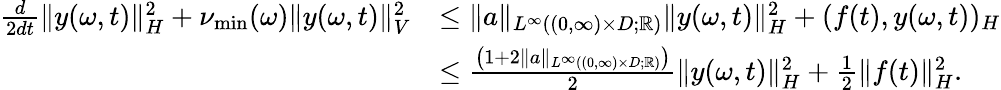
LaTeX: \begin{array}{rl}{\frac{d}{2dt}\| y(\omega,t)\| _{H}^{2}+\nu_{\operatorname*{min}}(\omega)\| y(\omega,t)\| _{V}^{2}}&{\leq\| a\| _{L^{\infty}((0,\infty)\times D;\mathbb{R})}\| y(\omega,t)\| _{H}^{2}+(f(t),y(\omega,t))_{H}}\\ &{\leq\frac{\left(1+2\| a\| _{L^{\infty}((0,\infty)\times D;\mathbb{R})}\right)}{2}\| y(\omega,t)\| _{H}^{2}+\frac{1}{2}\| f(t)\| _{H}^{2}.}\end{array}